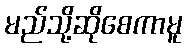
မည်သို့ဆိုစေကာမူ